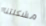
مشكلتنا